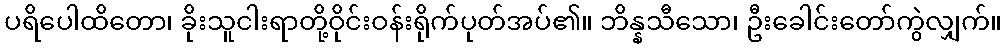
ပရိပေါထိတော၊ ခိုးသူငါးရာတို့ဝိုင်းဝန်းရိုက်ပုတ်အပ်၏။ ဘိန္နသီသော၊ ဦးခေါင်းတော်ကွဲလျှက်။